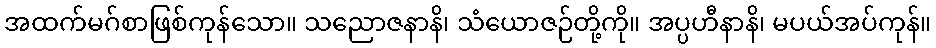
အထက်မဂ်စာဖြစ်ကုန်သော။ သညောဇနာနိ၊ သံယောဇဉ်တို့ကို။ အပ္ပဟီနာနိ၊ မပယ်အပ်ကုန်။